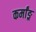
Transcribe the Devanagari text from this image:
कर्मांङ्र